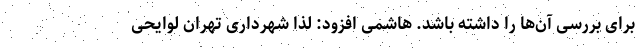
برای بررسی آن‌ها را داشته باشد. هاشمی افزود: لذا شهرداری تهران لوایحی